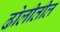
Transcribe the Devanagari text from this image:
ढोलीतील